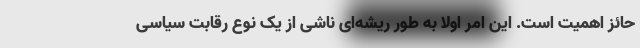
حائز اهمیت است. این امر اولا به طور ریشه‌ای ناشی از یک نوع رقابت سیاسی